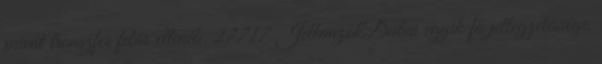
privát transzfer felár ellenéb. 27717 JellemzőkDubai egyik fő jellegzetessége,